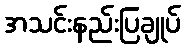
အသင်းနည်းပြချုပ်